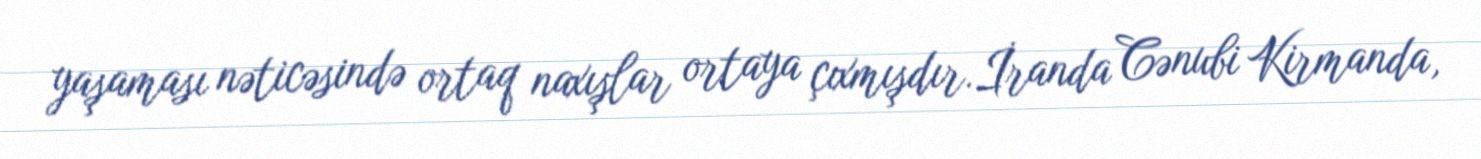
yaşaması nəticəsində ortaq naxışlar ortaya çıxmışdır.İranda Cənubi Kirmanda,